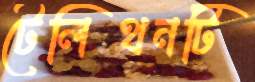
টেলিথনটি